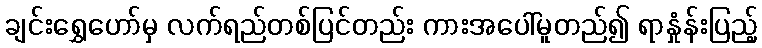
ချင်းရွှေဟော်မှ လက်ရည်တစ်ပြင်တည်း ကားအပေါ်မူတည်၍ ရာနှုံန်းပြည့်